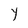
Character: Y